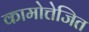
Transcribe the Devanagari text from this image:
कामोत्तेजित